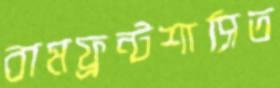
বামফ্রন্টশাসিত